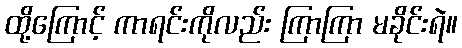
ထို့ကြောင့် ကာရင်းကိုလည်း ကြာကြာ မခိုင်းရဲ။